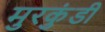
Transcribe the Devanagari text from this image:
मुरकुंडी